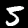
Label: 5